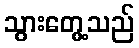
သွားတွေ့သည်